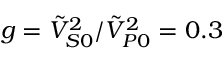
g = \tilde { V } _ { S 0 } ^ { 2 } / \tilde { V } _ { P 0 } ^ { 2 } = 0 . 3